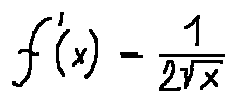
f ^ { \prime } ( x ) = \frac { 1 } { 2 \sqrt { x } }